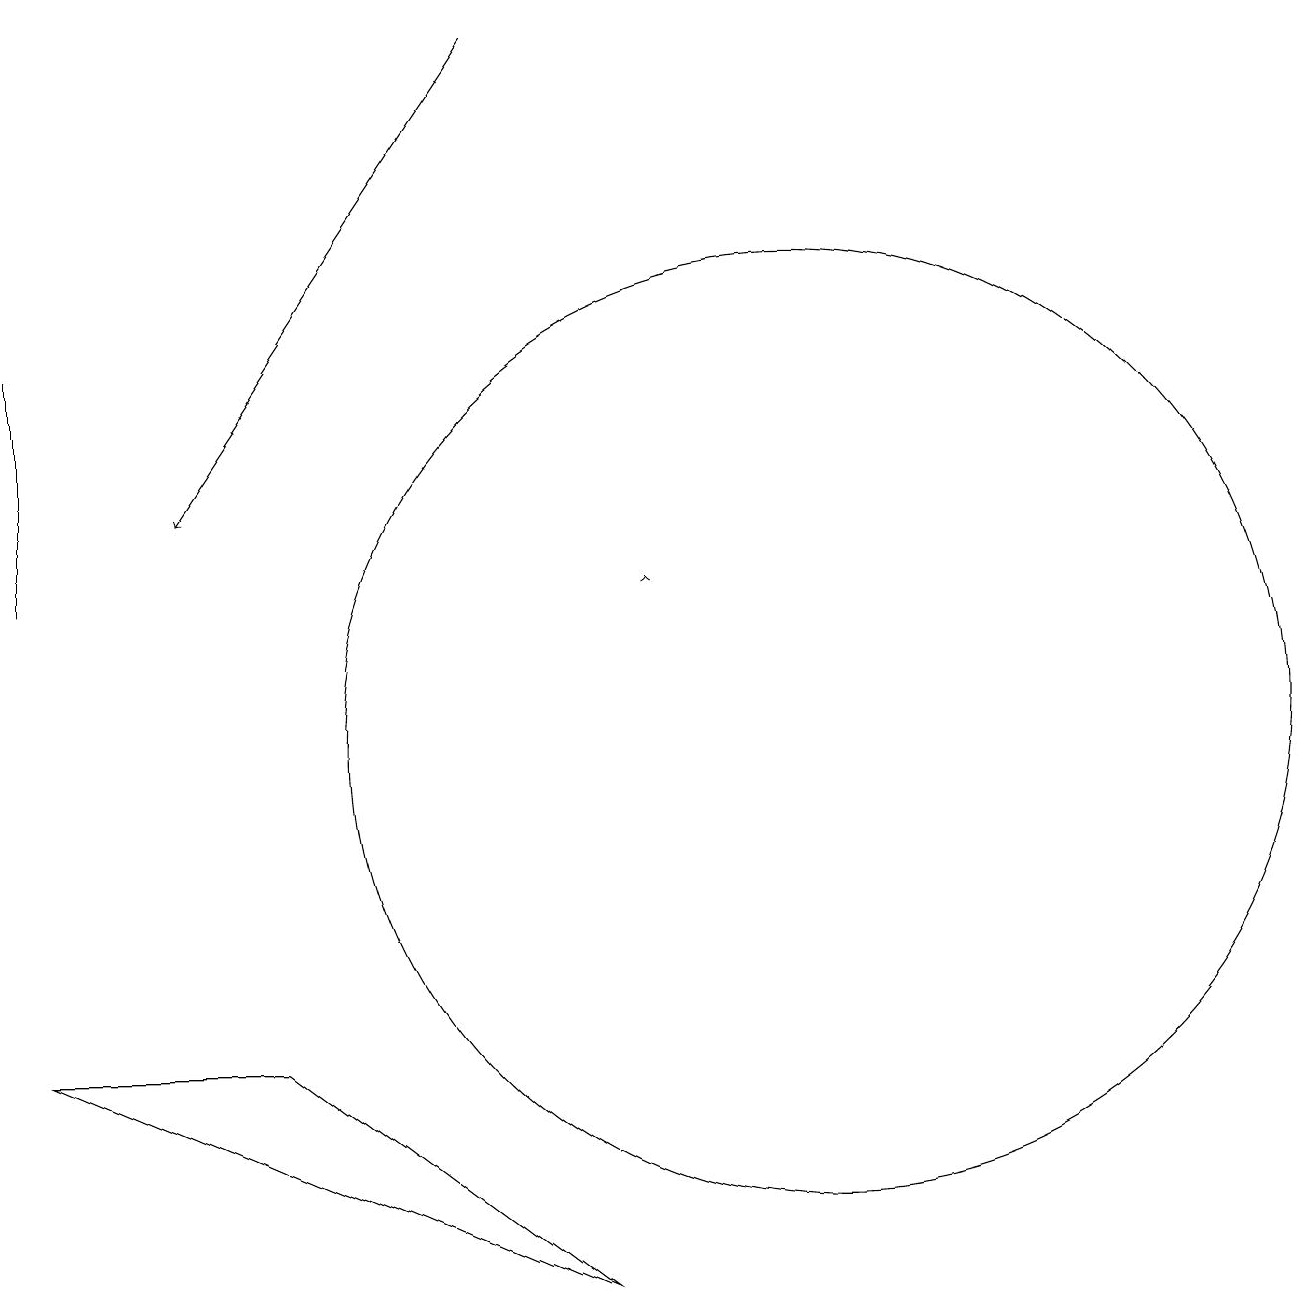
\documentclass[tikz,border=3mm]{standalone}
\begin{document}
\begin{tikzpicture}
\draw (1,12) rectangle (1,15);
\draw (11,10) circle (6);
\draw[->] (9,12) -- (9,12);
\draw[->] (7,19) -- (3,13);
\draw (4,6) -- (1,6) -- (8,3) -- cycle;
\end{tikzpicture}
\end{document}